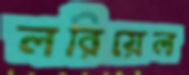
লরিয়েল